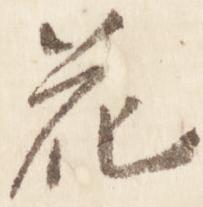
花